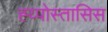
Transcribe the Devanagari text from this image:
ह्य्पोस्तासिस